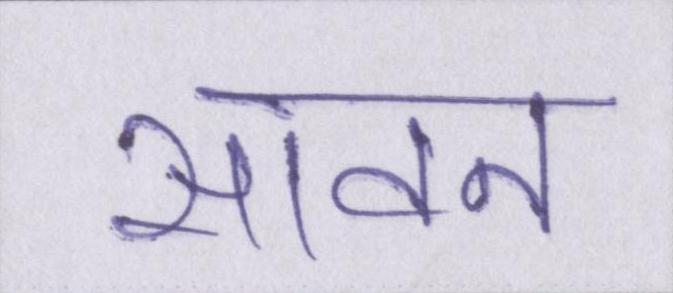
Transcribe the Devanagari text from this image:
सावन